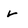
Character: r